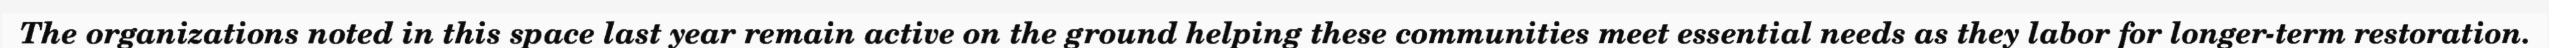
The organizations noted in this space last year remain active on the ground helping these communities meet essential needs as they labor for longer-term restoration.